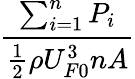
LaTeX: \frac{\sum_{i=1}^{n}P_{i}}{\frac{1}{2}\rho U_{F0}^{3}nA}